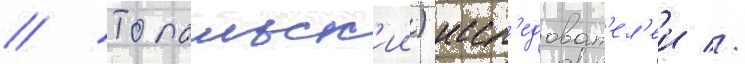
// Топольск'ии) иссл'едоват'ел'еи //